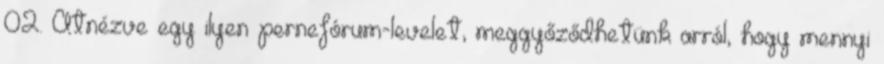
02. Átnézve egy ilyen pernefórum-levelet, meggyőződhetünk arról, hogy mennyi